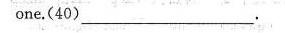
one.(40)____